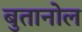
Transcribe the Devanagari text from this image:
बुतानोल